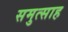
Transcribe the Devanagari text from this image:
समुत्साह